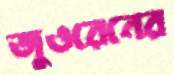
জুওরেনের